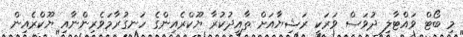
މި ބޯޓް ވައްޓާލި ދުވަސް ވަރަކީ ރަޝިޔާއަށް ތާއީދުކުރާ ޔޫކްރެއިންގެ ހަނގުރާމަވެރިންނާއި ޔޫކްރެއިން